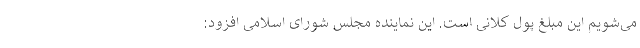
می‌شویم این مبلغ پول کلانی است. این نماینده مجلس شورای اسلامی افزود: